Report on horse surra - Volume II, Part II
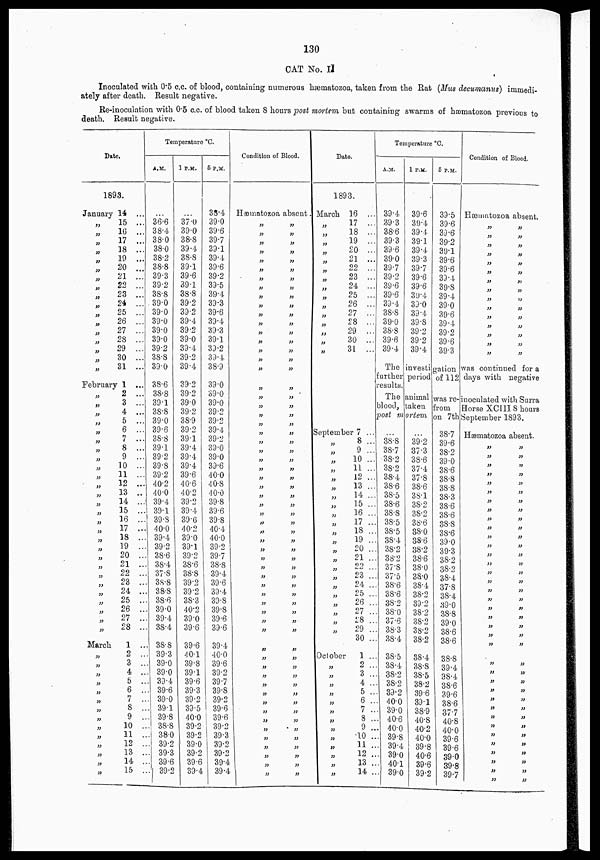
130
CAT No. II
Inoculated with 0.5 c.c. of blood, containing numerous hæmatozoa, taken from the Rat (Mus decumanus) immedi-
ately after death. Result negative.
Re-inoculation with 0.5 c.c. of blood taken 8 hours post mortem but containing swarms of hæmatozoa previous to
death. Result negative.
Date.
1893.
January 14 ...
„
„
„
„
„
„
„
„
„
„
„
„
„
„
„
„
„
15 ...
16 ...
17 ...
18 ...
19 ...
20 ...
21 ...
22 ...
23 ...
24 ...
25 ...
26 ...
27 ...
28 ...
29 ...
30 ...
31 ...
February 1 ...
„
„
„
„
„
„
„
„
„
„
„
„
„
„
„
„
„
„
„
„
„
„
„
„
„
„
„
March
„
„
„
„
„
„
„
„
„
„
„
„
„
„
2 ...
3 ...
4 ...
5 ...
6 ...
7 ...
8 ...
9 ...
10 ...
11 ...
12 ...
13 ..
14 ...
15 ...
16 ...
17 ...
18 ...
19 ...
20 ...
21 ..
22 ..
23 ..
24 ..
25 ..
26 ..
27 ..
28 ..
1 ...
2 ...
3 ...
4 ...
5 ...
6 ...
7 ...
8 ...
9 ...
10 ...
11 ...
12 ...
13 ...
14 ...
15 ...
Temperature °C.
A.M.
...
36.6
38.4
38.0
38.0
38.2
38.8
39.3
39.2
38.8
39.0
39.0
39.0
39.0
39.0
39.2
38.8
39.0
38.6
38.8
39.1
38.8
39.0
39.6
38.8
39.1
39.2
39.8
39.2
40.2
40.0
39.4
39.1
39.8
40.0
39.4
39.2
38.6
38.4
37.8
38.8
38.8
38.6
39.0
39.4
38.4
38.8
39.3
39.0
39.0
33.4
39.6
39.0
39.1
39.8
38.8
38.0
39.2
39.3
39.6
39.2
1 P.M.
...
37.0
39.0
38.8
39.4
38.8
39.1
39.6
39.1
38.8
39.2
39.2
39.4
39.2
39.0
39.4
39.2
39.4
39.2
39.2
39.0
39.2
38.9
39.2
39.1
39.4
39.4
39.4
39.6
40.6
40.2
39.2
39.4
39.6
40.2
39.0
39.1
39.2
38.6
38.8
39.2
39.2
38.3
40.2
39.0
39.6
39.6
40.1
39.8
39.1
39.6
39.3
39.2
39.5
40.0
39.2
39.2
39.0
39.2
39.6
39.4
5 P.M.
38.4
39.0
39.6
39.7
39.1
39.4
39.6
39.2
39.5
39.4
39.3
39.6
39.4
39.3
39.1
39.2
39.4.
38.9
39.0
39.0
39.0
39.2
39.2
39.4
39.2
39.0
39.0
39.6
40.0
40.8
40.0
39.8
39.6
39.8
40.4
40.0
39.2
39.7
38.8
39.4
39.6
39.4
39.8
39.8
39.6
39.6
39.4
40.0
39.6
39.2
39.7
39.8
39.2
39.6
39.6
39.2
39.3
39.2
39.2
39.4
39.4
Condition of Blood.
Hæmatozoa absent.
„
„
„
„
„
„
„
„
„
„
„
„
„
„
„
„
„
„
„
„
„
„
„
„
„
„
„
„
„
„
„
„
„
„
„
„
„
„
„
„
„
„
„
„
„
„
„
„
„
„
„
„
„
„
„
„
„
„
„
„
„
„
„
„
„
„
„
„
„
„
„
„
„
„
„
„
„
„
„
„
„
„
„
„
„
„
„
„
„
„
„
„
„
„
„
„
„
„
„
„
„
„
„
„
„
„
„
„
„
„
„
„
„
„
„
„
„
„
„
„
Date.
1893.
March
„
„
„
„
„
„
„
„
„
„
„
„
„
„
„
September
„
„
„
„
„
„
„
„
„
„
„
„
„
„
„
„
„
„
„
„
„
„
„
16 ...
17 ...
18 ...
19 ...
20 ...
21 ...
22 ...
23 ...
24 ...
25 ...
26 ...
27 ...
28 ...
29 ...
30 ...
31 ...
7 ...
8 ...
9 ...
10 ...
11 ...
12 ...
13 ...
14 ...
15 ...
16 ...
17 ...
18 ...
19 ...
20 ...
21 ...
22 ...
23 ...
24 ...
25 ...
26 ..
27 ..
28 ...
29 ...
30 ...
October
1 ...
„
„
„
„
„
„
„
„
„
„
„
„
„
2 ...
3 ...
4 ...
5 ...
6 ...
7 ...
8 ...
9 ...
10 ...
11 ...
12 ...
13 ...
14 ...
Temperature °c.
A.M.
39.4
39.3
38.6
39.3
39.6
39.0
39.7
39.2
39.6
39.6
39.4
38.8
39.0
38.8
39.6
39.4
1 P.M.
39.6
39.4
39.4
39.1
39.4
39.3
39.7
39.6
39.6
39.4
39.0
39.4
39.8
39.2
39.2
39.4
6 P.M.
39.5
39.6
39.6
39.2
39.1
39.6
39.6
39.4
39.8
39.4
39.0
39.6
39.4
39.2
39.6
39.3
Condition of Blood.
Hæmatozoa absenh.
„
„
„
„
„
„
„
„
„
„
„
„
„
„
„
„
„
„
„
„
„
„
„
„
„
„
„
„
„
„
The investi gation was continued for a
further period of 112 days with negative
results.
The animal was re-inoculated with Surra
blood, taken from Horse XCIII 8 hours
post mortem on 7th September 1893.
...
38.8
38.7
38.2
38.2
38.4
38.6
38.5
38.6
38.8
38.5
38.5
38.4
38.2
38.2
37.8
37.5
38.6
38.6
38.2
38.0
37.6
38.3
38.4
38.5
38.4
38.2
38.2
39.2
40.0
39.0
40.6
40.0
39.8
39.4
39.0
40.1
39.0
...
39.2
37.3
38.6
37.4
37.8
38.6
38.1
38.2
38.2
38.6
38.0
38.6
38.2
38.6
38.0
38.0
38.4
38.2
39.2
38.2
38.2
38.2
38.2
38.4
38.8
38.5
38.2
39.6
39.1
38.9
40.8
40.2
40.0
39.8
40.6
39.6
39.2
38.7
39.6
38.2
39.0
38.6
38.8
38.8
38.3
38.6
38.6
38.8
38.6
39.0
39.3
38.2
38.2
38.4
37.8
38.4
39.0
38.8
39.0
38.6
38.6
38.8
39.4
38.4
38.6
39.6
38.6
37.7
40.8
40.0
39.6
39.6
39.0
39.8
39.7
Hæmatozoa absent.
„
„
„
„
„
„
„
„
„
„
„
„
„
„
„
„
„
„
„
„
„
„
„
„
„
„
„
„
„
„
„
„
„
„
„
„
„
„
„
„
„
„
„
„
„
„
„
„
„
„
„
„
„
„
„
„
„
„
„
„
„
„
„
„
„
„
„
„
„
„
„
„
„
„